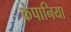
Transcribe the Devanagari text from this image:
कंपानिया